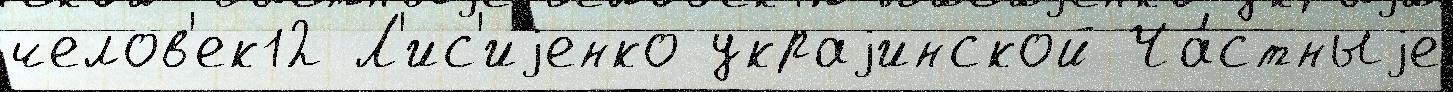
челов'ек12 Л'ис'иjенко украjинской Ча́стныjе